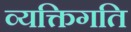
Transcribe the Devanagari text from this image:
व्यक्तिगति